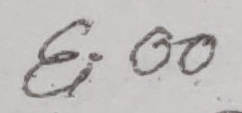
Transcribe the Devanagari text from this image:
६.००